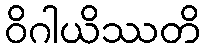
ဝိဂါယိဿတိ